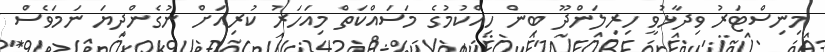
މިނިސްޓަރު ވިދާޅުވީ ހިރިލަންދޫ ބިން ހިއްކުމުގެ މަސައްކަތް މިއަހަރު ކުރިއަށް ނުގެންދިޔަ ނަމަވެސް